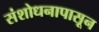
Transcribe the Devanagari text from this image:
संशोधनापासून